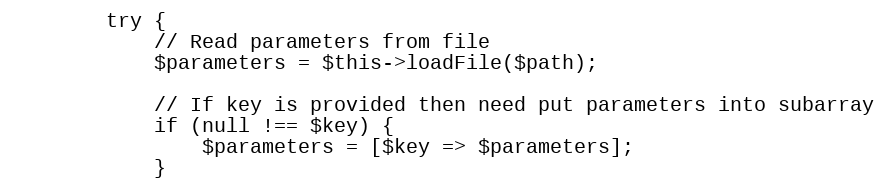
Language: PHP
        try {
            // Read parameters from file
            $parameters = $this->loadFile($path);

            // If key is provided then need put parameters into subarray
            if (null !== $key) {
                $parameters = [$key => $parameters];
            }